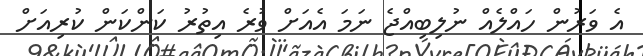
އެ ވަރުން ހައްލެއް ނުލިބިއްޖެ ނަމަ އެއަށް ވުރެ އިތުރު ކަންކަން ކުރިއަށް